Report on vaccination in Madras 1922-1929 - 1922-1929
Year: 1922
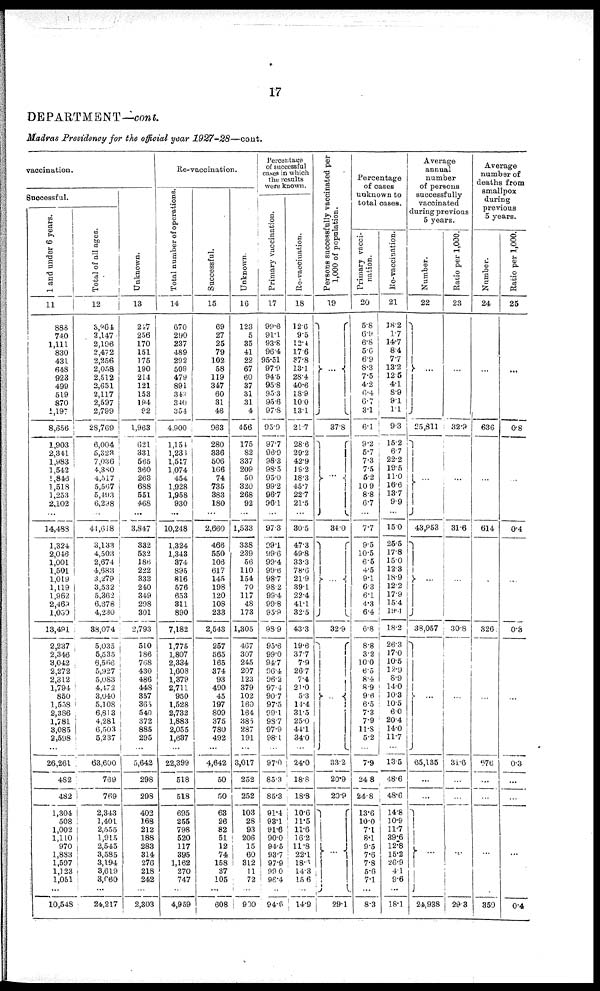
17
DEPARTMENT—cont.
Madras Presidency for the official year 1927-28—cont.
vaccination.
Successful.
1 and under 6 years.
11
888
740
1,111
830
431
648
923
499
519
870
1,197
8,656
1,903
2,341
1,983
1,542
1,846
1,518
1,253
2,102
...
14,488
1,324
2,046
1,001
1,501
1,019
1,119
1,962
2,469
1,050
13,491
2,237
2,346
3,042
2,272
2,312
1,794
850
l,558
2,386
1,781
8,085
2,598
...
26,261
482
482
1,304
508
1,002
1,110
970
1,833
1,597
1,123
1,051
...
10,548
Total of all ages.
12
3,064
3,147
2,196
2,472
2,256
2,058
2,512
2,651
2,117
2,597
2,799
28,769
6,004
5,323
7,036
4,380
4,517
5,567
5,493
6,298
...
41,618
3,133
4,503
2,674
4,683
3,279
3,532
5,362
6,678
4,230
88,074
5,035
5,535
6,566
5,927
5,083
4,472
3,040
5,108
6,813
4,281
6,503
5,237
...
63,600
769
769
2,343
1,401
2,555
1,915
2,545
3,585
3,194
3,619
3,060
...
24,217
Unknown.
13
217
256
170
151
175
190
214
121
153
194
92
1,963
621
331
565
360
263
688
551
468
...
3,847
332
532
186
222
333
240
349
298
301
2,793
510
186
768
430
486
448
357
365
540
372
885
295
...
5,642
298
298
402
168
212
188
283
314
276
218
242
...
2,303
Re-vaccination.
Total number of operations.
14
670
290
237
489
292
509
479
891
340
340
354
4,900
1,154
1,233
1,517
1,074
454
1,928
1,958
930
...
10,248
1,324
1,343
374
895
816
576
653
311
890
7,182
1,775
1,807
2,334
1,608
1,379
2,711
950
1,528
2,732
1,883
2,055
1,637
...
22,399
518
518
695
255
798
520
117
395
1,162
270
747
...
4,959
Successful.
15
69
27
25
79
102
58
119
347
60
31
46
963
280
336
506
166
74
735
383
180
...
2,660
466
550
106
617
145
198
120
108
233
2,543
257
565
165
374
93
490
45
197
809
375
780
492
...
4,642
50
50
63
26
82
51
12
74
158
37
105
...
608
Unknown.
16
123
5
35
41
22
67
60
37
31
31
4
456
175
82
337
209
50
320
268
92
...
1,533
338
239
56
110
154
70
117
48
173
1,305
467
307
245
207
123
379
102
160
164
385
287
191
...
3,017
252
252
103
28
93
206
15
60
312
11
72
...
900
Percentage
of successful
cases in which
the results
were known.
Primary vaccination.
17
99.6
91.1
93.8
96.4
95.51
97.9
94.5
95.8
95.3
95.6
97.8
95.9
97.7
96.9
98.3
98.5
95.0
99.2
96.7
96.1
...
97.3
99.1
99.6
99.4
99.6
98.7
98.2
99.4
99.8
95.9
98.9
95.6
99.0
94.7
96.4
96.2
97.4
90.7
97.5
99.1
98.7
97.9
98.1
...
97.0
85.3
85.3
91.4
93.1
91.6
90.0
94.5
93.7
97.9
99.0
96.4
...
94.6
Re-vaccination.
18
12.6
9.5
12.4
17.6
37.8
13.1
28.4
40.6
18.9
10.0
13.1
21.7
28.6
29.2
42.9
19.2
18.3
45.7
22.7
21.5
...
30.5
47.3
49.8
33.3
78.6
21.9
39.1
22.4
41.1
32.5
43.3
19.6
37.7
7.9
26.7
7.4
21.0
5.3
14.4
31.5
25.0
44.1
34.0
...
24.0
18.8
18.8
10.6
11.5
11.6
16.2
11.8
22.1
18.0
14.3
15.6
...
14.9
Persons successfully vaccinated per
1,000 of population.
19
...
37.8
...
34.0
...
32.9
...
33.2
20.9
20.9
...
29.1
Percentage
of cases
unknown to
total cases.
Primary vacci-
nation.
20
5.8
6.9
6.8
5.6
6.9
8.3
7.5
4.2
6.4
6.7
3.1
6.1
9.2
5.7
7.3
7.5
5.2
10.9
8.8
6.7
...
7.7
9.5
10.5
6.5
4.5
9.1
6.3
6.1
4.3
6.4
6.8
8.8
3.2
10.0
6.5
8.4
8.9
9.6
6.5
7.3
7.9
11.8
5.2
...
7.9
24.8
24.8
13.6
10.0
7.1
8.1
9.5
7.6
7.8
5.6
7.1
...
8.3
Re-vaccination.
21
18.2
1.7
14.7
8.4
7.7
13.2
12.5
4.1
8.9
9.1
1.1
9.3
15.2
6.7
22.2
19.5
11.0
16.6
13.7
9.9
...
15.0
25.5
17.8
15.0
12.3
18.9
12.2
17.9
15.4
19.1
18.2
26.3
17.0
10.5
12.9
8.9
14.0
10.3
10.5
6.0
20.4
14.0
11.7
...
13.5
48.6
48.6
14.8
10.9
11.7
39.6
12.8
15.2
26.9
4.1
9.6
...
18.1
Average
annual
number
of persons
successfully
vaccinated
during previous
5 years.
Number.
22
...
25,811
...
43,053
...
38,057
...
65,135
...
...
...
24,938
Ratio per 1,000.
23
...
32.9
...
31.6
...
30.8
...
31.6
...
...
...
29.3
Average
number of
deaths from
smallpox
during
previous
5 years.
Number.
24
...
636
...
614
...
326
...
676
...
...
...
359
Ratio per 1,000.
25
...
0.8
...
0.4
...
0.3
...
0.3
...
...
...
0.4